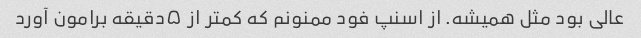
عالی بود مثل همیشه. از اسنپ فود ممنونم که کمتر از ۵دقیقه برامون آورد